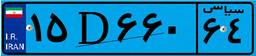
۱۵D۶۶۰۶۴